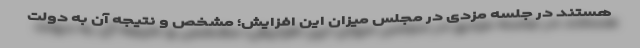
هستند در جلسه مزدی در مجلس میزان این افزایش؛ مشخص و نتیجه آن به دولت